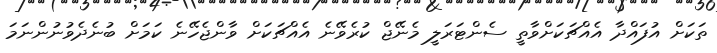
ތަކަށް އުފައްދާ އެއްޗަކަށްވާތީ ސެންޓަރަލީ މެނޭޖް ކުރެވޭނެ އެއްޗަކަށް ވާންޖެހޭނެ ކަމަށް ބުނެދެވުނުންނަމަ